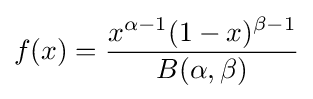
f(x)={\frac {x^{\alpha -1}(1-x)^{\beta -1}}{B(\alpha ,\beta )}}